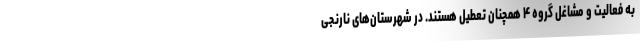
به فعالیت و مشاغل گروه ۴ همچنان تعطیل هستند. در شهرستان‌های نارنجی